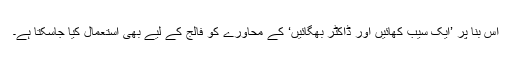
اس بنا پر ’ایک سیب کھائیں اور ڈاکٹر بھگائیں‘ کے محاورے کو فالج کے لیے بھی استعمال کیا جاسکتا ہے۔